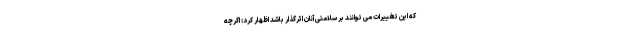
که این تغییرات می توانند بر سلامتی آنان اثرگذار باشد اظهار کرد: اگرچه